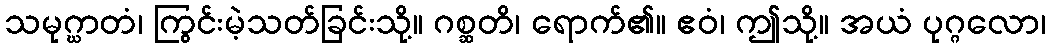
သမုဂ္ဃာတံ၊ ကြွင်းမဲ့သတ်ခြင်းသို့။ ဂစ္ဆတိ၊ ရောက်၏။ ဧဝံ၊ ဤသို့။ အယံ ပုဂ္ဂလော၊